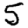
Digit: 5